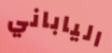
الياباني